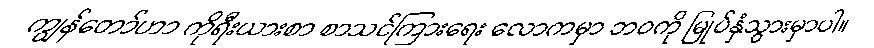
ကျွန်တော်ဟာ ကိုရီးယားစာ စာသင်ကြားရေး လောကမှာ ဘဝကို မြုပ်နှံသွားမှာပါ။